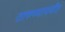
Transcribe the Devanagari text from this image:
तारुण्यापर्यंत